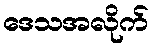
ဒေသအလိုက်